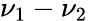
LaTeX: \nu_{1}-\nu_{2}